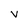
Character: V